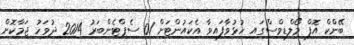
ބޭންކް އޮފް މޯލްޑިވްސްގައި ހުޅުވާފައިވާ އެކައުންޓަށް 01 ސެޕްޓެންބަރު 2014 ދުވަހު ޖަމާކޮށް